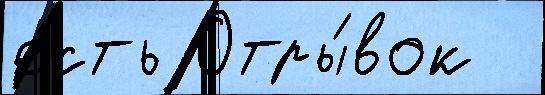
есть Отры́вок